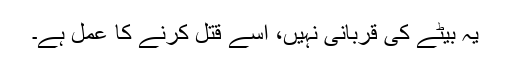
یہ بیٹے کی قربانی نہیں، اسے قتل کرنے کا عمل ہے۔